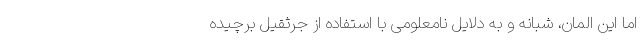
اما این المان، شبانه و به دلایل نامعلومی با استفاده از جرثقیل برچیده